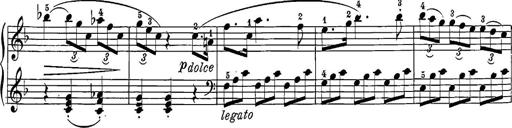
Title: 12 Sonatine per Pianoforte
Composer: Friedrich Kuhlau